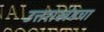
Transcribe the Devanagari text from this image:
उत्तराखंडचा